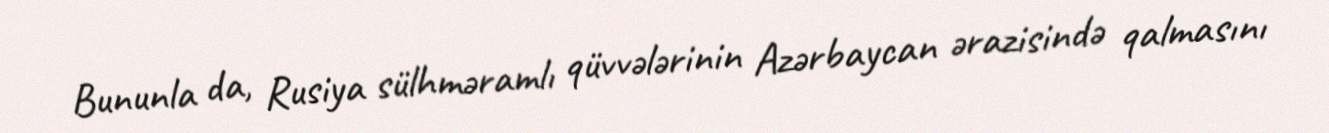
Bununla da, Rusiya sülhməramlı qüvvələrinin Azərbaycan ərazisində qalmasını